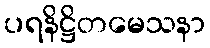
ပရနိဋ္ဌိတမေသနာ